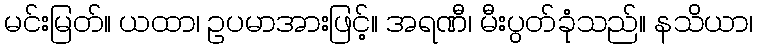
မင်းမြတ်။ ယထာ၊ ဥပမာအားဖြင့်။ အရဏီ၊ မီးပွတ်ခုံသည်။ နသိယာ၊